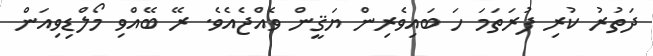
ދަތުރު ކުރި ފުރަތަމަ ހަ ބައިވެރިން ޔަޤީން ވެއްޖެއެވެ. ރޭ ބޭއްވި މޯލްޑިވިއަން